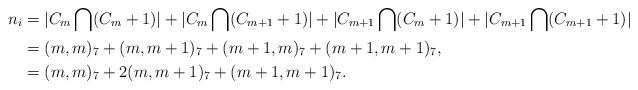
LaTeX: \begin{align*}n_{i}&=|C_{m}\bigcap(C_{m}+1)|+|C_{m}\bigcap(C_{m+1}+1)|+|C_{m+1}\bigcap(C_{m}+1)|+|C_{m+1}\bigcap(C_{m+1}+1)|\\ &=(m,m)_{7}+(m,m+1)_{7}+(m+1,m)_{7}+(m+1,m+1)_{7},\\ &=(m,m)_{7}+2(m,m+1)_{7}+(m+1,m+1)_{7}.\end{align*}